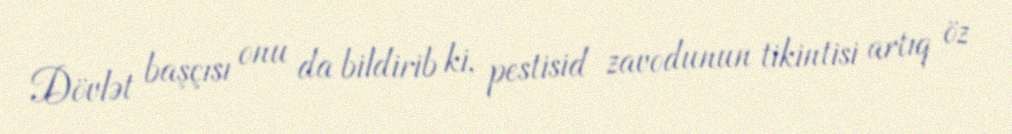
Dövlət başçısı onu da bildirib ki, pestisid zavodunun tikintisi artıq öz